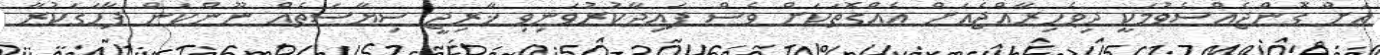
އަށް ގޮންޖެއްސެވުމަކީ ދިވެހިރާއްޖެއަށް އެއްގޮތަކަށް ވެސް ފައިދާކުރުވަނިވި ޚާރިޖީ ސިޔާސަތެއް ނޫންކަން ފާހަގަކުރާ